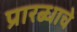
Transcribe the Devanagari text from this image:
प्रारब्धाचे